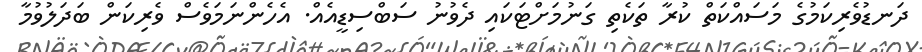
ދަނޑުވެރިކަމުގެ މަސައްކަތް ކުރާ ތަކެތި ގަނުމަށްޓަކައި ދެވުނު ސަބްސިޑީއެއް. އެހެންނަަމަވެސް ވެރިކަން ބަދަލުވުމާ